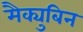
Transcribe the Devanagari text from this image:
मैक्युबिन